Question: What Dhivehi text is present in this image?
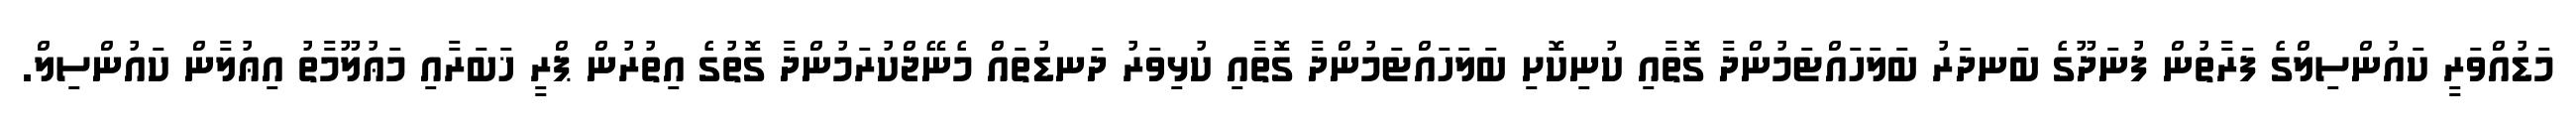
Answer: މަޑުއްވަރީ ކައުންސިލްގެ ފަރާތުން ފުނަދޫގެ ބަނދަރު ބަލަހައްޓަމުންދާ ގޮތާއި ކުނިކޮށި ބަލަހައްޓަމުންދާ ގޮތާއި ކުޅިވަރު ދަނޑުތައް މެނޭޖްކުރަމުންދާ ގޮތުގެ އިތުރުން ޕްރީ ޚަބަރާއި މަޢުލޫމާތު އިޢުލާން ކައުންސިލް.